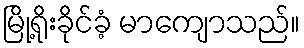
မြို့ရိုးခိုင်ခံ့ မာကျောသည်။